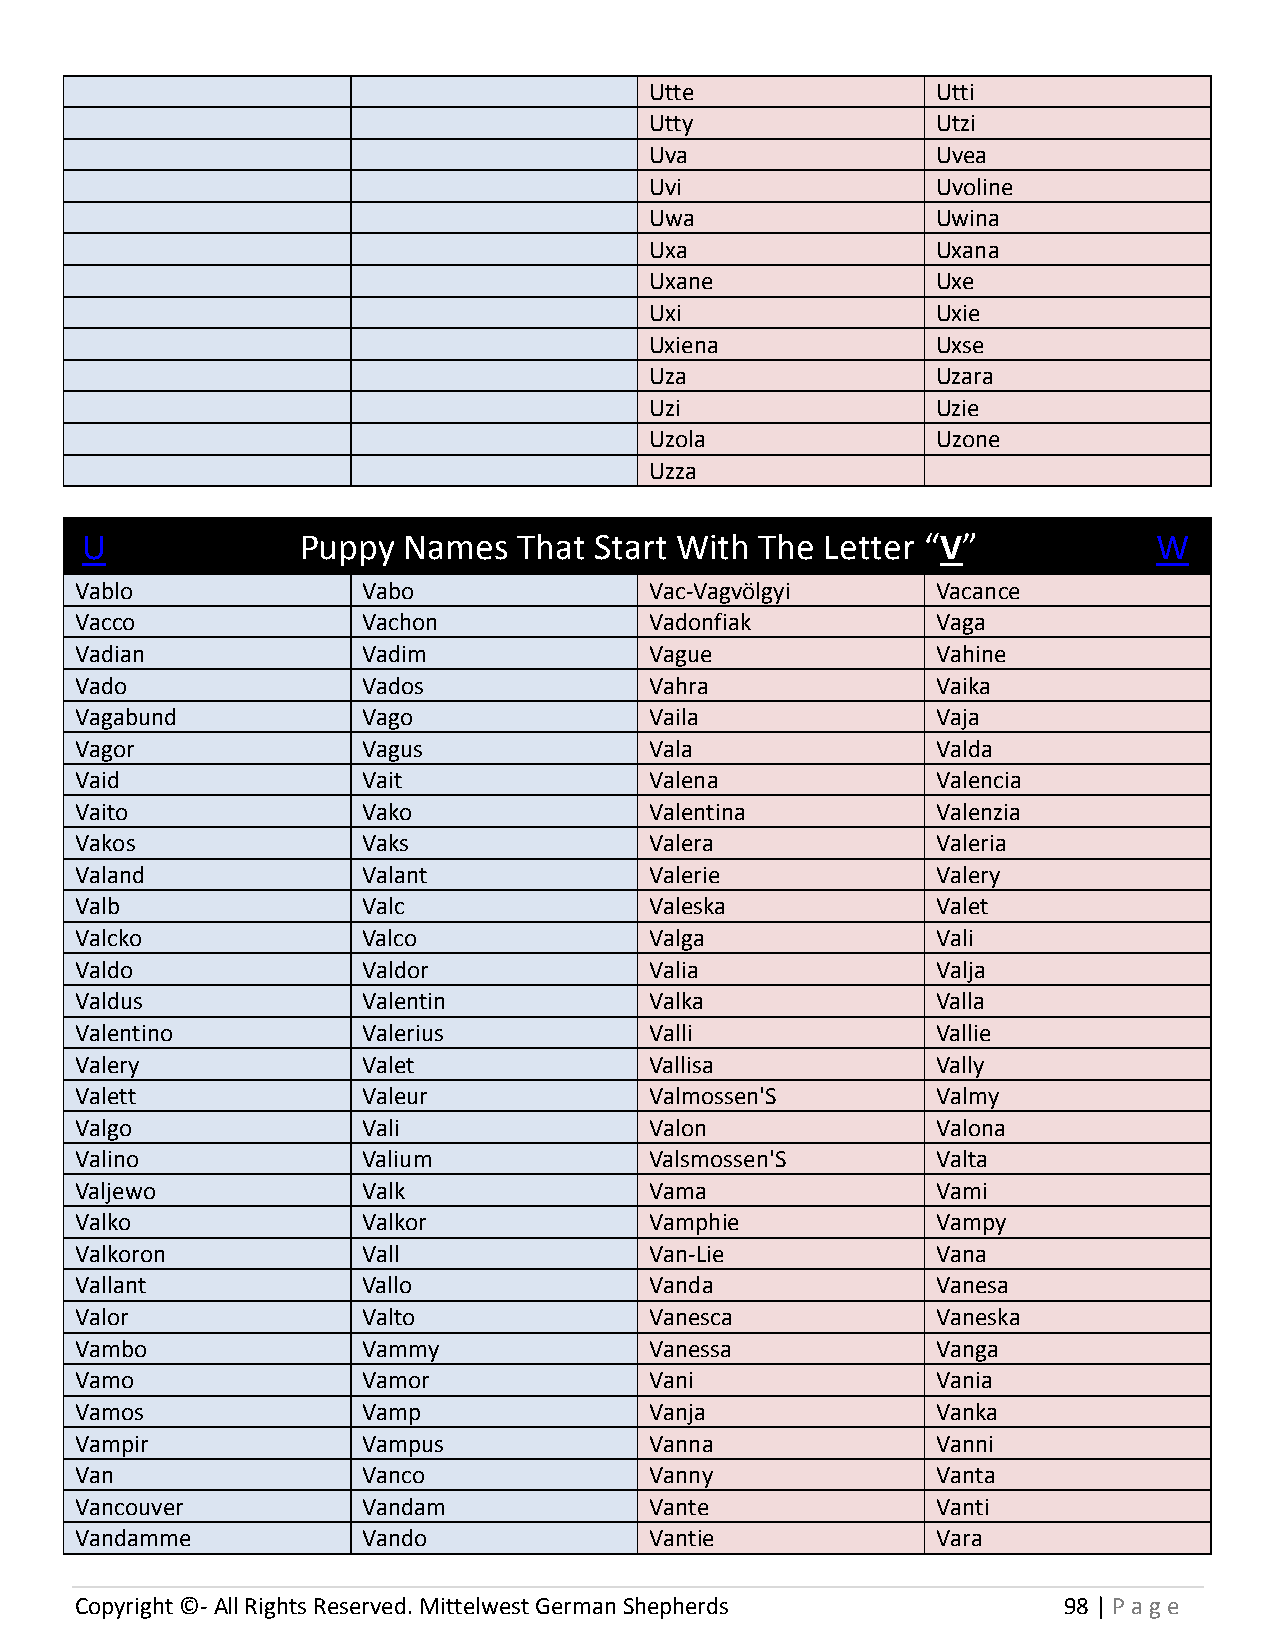
Utte               Utti
 Utty               Utzi
 Uva                Uvea
 Uvi                Uvoline
 Uwa                Uwina
 Uxa                Uxana
 Uxane              Uxe
 Uxi                Uxie
 Uxiena             Uxse
 Uza                Uzara
 Uzi                Uzie
 Uzola              Uzone
 Uzza
 U              Puppy  Names  That Start With The  Letter “V”            W
 Vablo              Vabo               Vac-Vagvölgyi      Vacance
 Vacco              Vachon             Vadonfiak          Vaga
 Vadian             Vadim              Vague              Vahine
 Vado               Vados              Vahra              Vaika
 Vagabund           Vago               Vaila              Vaja
 Vagor              Vagus              Vala               Valda
 Vaid               Vait               Valena             Valencia
 Vaito              Vako               Valentina          Valenzia
 Vakos              Vaks               Valera             Valeria
 Valand             Valant             Valerie            Valery
 Valb               Valc               Valeska            Valet
 Valcko             Valco              Valga              Vali
 Valdo              Valdor             Valia              Valja
 Valdus             Valentin           Valka              Valla
 Valentino          Valerius           Valli              Vallie
 Valery             Valet              Vallisa            Vally
 Valett             Valeur             Valmossen'S        Valmy
 Valgo              Vali               Valon              Valona
 Valino             Valium             Valsmossen'S       Valta
 Valjewo            Valk               Vama               Vami
 Valko              Valkor             Vamphie            Vampy
 Valkoron           Vall               Van-Lie            Vana
 Vallant            Vallo              Vanda              Vanesa
 Valor              Valto              Vanesca            Vaneska
 Vambo              Vammy              Vanessa            Vanga
 Vamo               Vamor              Vani               Vania
 Vamos              Vamp               Vanja              Vanka
 Vampir             Vampus             Vanna              Vanni
 Van                Vanco              Vanny              Vanta
 Vancouver          Vandam             Vante              Vanti
 Vandamme           Vando              Vantie             Vara
 Copyright ©- All Rights Reserved. Mittelwest German Shepherds    98 | P age